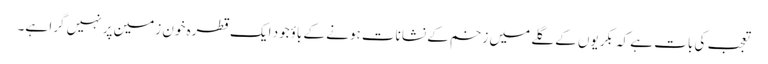
تعجب کی بات ہے کہ بکریوں کے گلے میں زخم کے نشانات ہونے کے باؤجود ایک قطرہ خون زمین پر نہیں گرا ہے۔